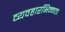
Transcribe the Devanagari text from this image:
व्यवहारभिन्नता